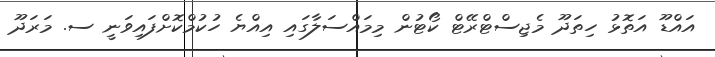
އައްޑޫ އަތޮޅު ހިތަދޫ މެޖިސްޓްރޭޓް ކޯޓުން މިމައްސަލާގައި އިއްޔެ ހުކުމްކޮށްފައިވަނީ ސ. މަރަދޫ